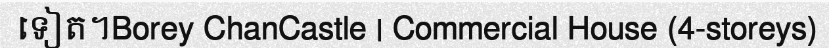
ទៀត។Borey ChanCastle | Commercial House (4-storeys)